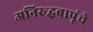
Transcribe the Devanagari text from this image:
अनिरुद्धबापूंचे